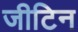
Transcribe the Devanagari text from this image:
जीटिन